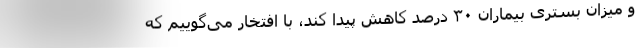
و میزان بستری بیماران ۳۰ درصد کاهش پیدا کند، با افتخار می‌گوییم که